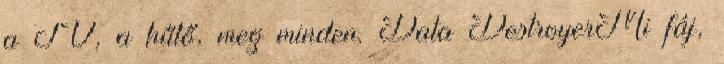
a TV, a hűtő, meg minden. Data DestroyerMi fáj,